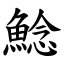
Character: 鯰